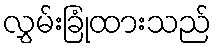
လွှမ်းခြုံထားသည်